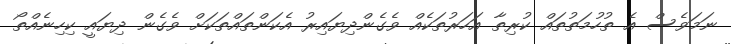
ނަމަވެސް އެ ތުހުމަތުތައް ކުރިތާ އަހަރުތަކެއް ވެގެންދިޔައިރު އެކަންތައްތަކަށް ވެގެން ދިޔައީ ކިހިނެއްތޯ